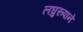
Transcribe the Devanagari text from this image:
लघुरूपाने